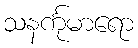
သနင်္ကုမာရော